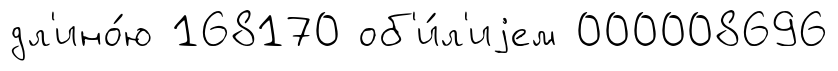
дл'ино́ю 168170 об'и́л'иjем 000008696